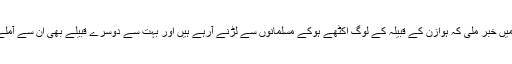
اتنے میں خبر ملی کہ ہوازن کے قبیلہ کے لوگ اکٹھے ہوکے مسلمانوں سے لڑنے آرہے ہیں اور بہت سے دوسرے قبیلے بھی ان سے آملے ہیں۔